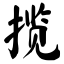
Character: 揽